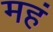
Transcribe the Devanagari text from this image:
महं